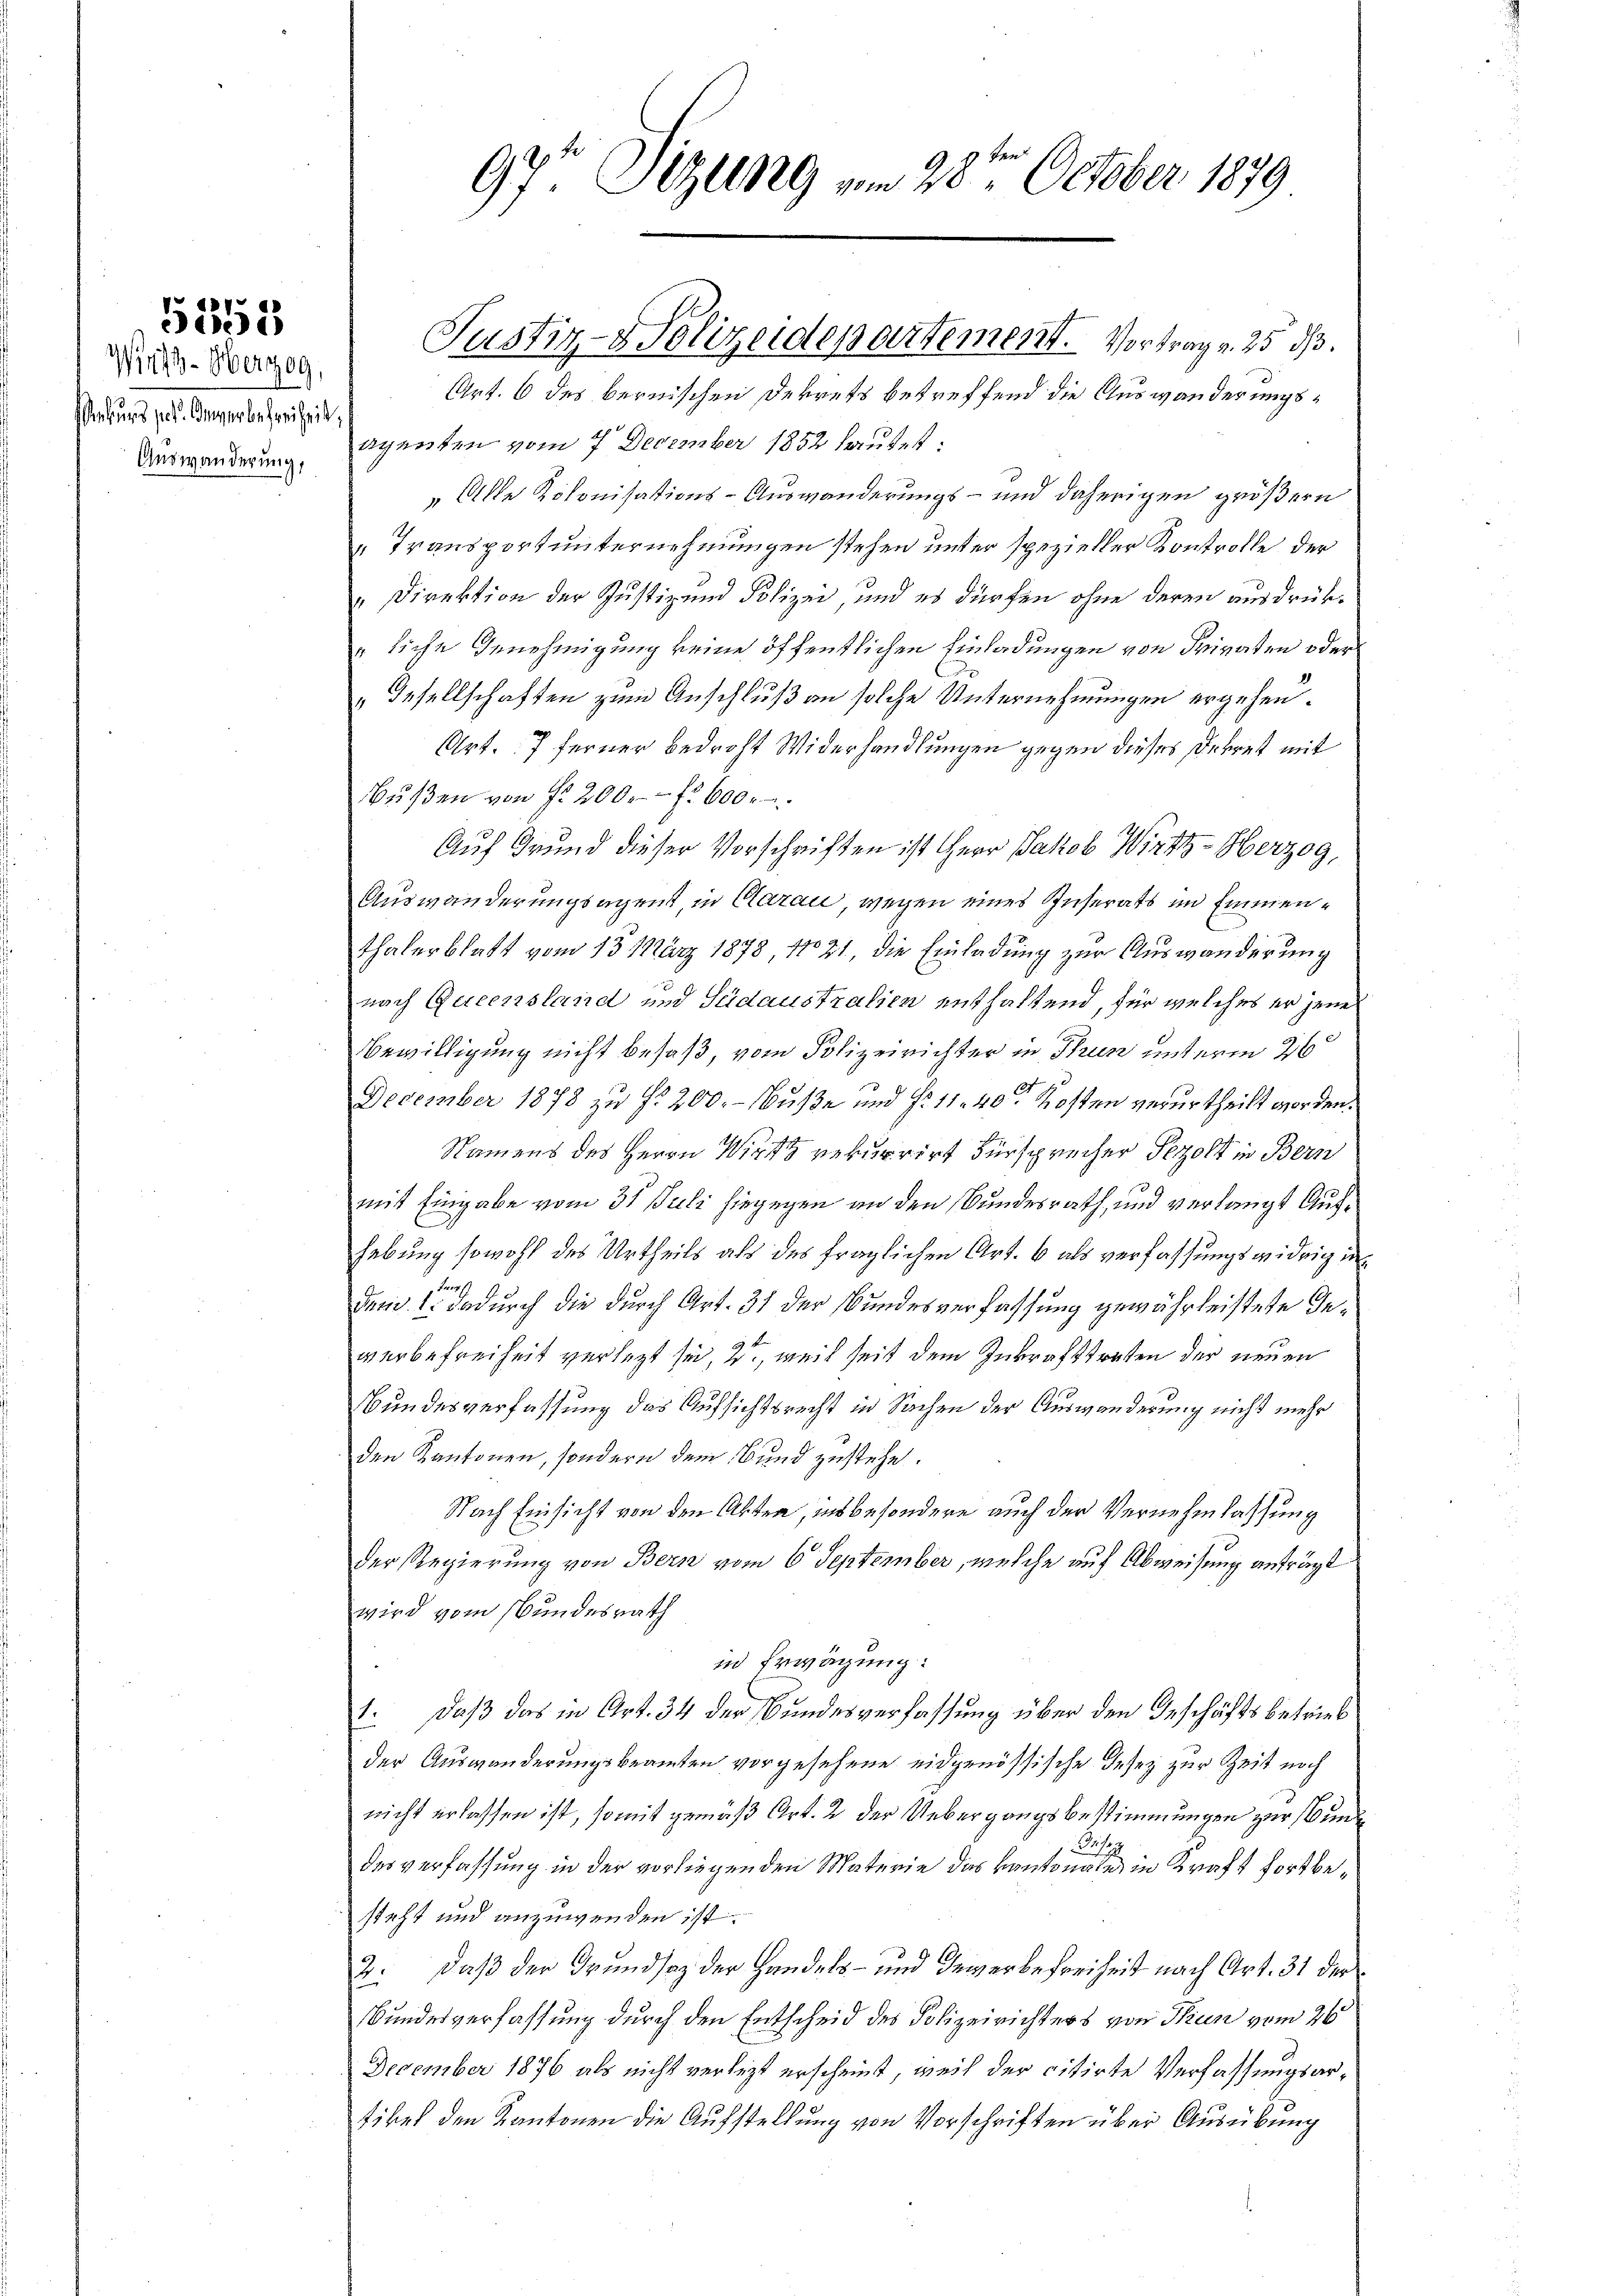
5352

Wirts-Oberzog,
Rekurs pos. Immerbefreiheit,
Auswanderung,

Justiz- & Polizeidepartement. Vortrag v. 25. dß.
Art. 6 des bernischen Dekrets betreffend die Auswanderungsagenten vom 7. December 1852 lautet:
„Alle Kolonisations-Auswanderungs- und daherigen größern
Transport unternehmungen stehen unter spezieller Kontrolle der
" Direktion der Justiz und Polizei, und es dürfen ohne deren ausdrük¬
" liche Genehmigung keine öffentlichen Einladungen von Privaten oder
„Gesellschaften zum Anschluß an solche Unternehmungen ergehen.
Art. 7 ferner bedroht Widerhandlungen gegen dieses Dekret mit
Bußen von f. 200. fl. 600
Auf Grund dieser Vorschriften ist Herr Jakob Wirth-Oberzog,
Auswanderungsagent, in Aarau, wegen eines Inserats im Emmen¬
Thalerblatt vom 13. März 1878, No 21, die Einladung zur Auswanderung
nach Queensland und Südaustralien enthaltend, für welches er jenes
Bewilligung nicht besaß vom Polizeirichter in Thun unterm 26
December 1878 zu § 200.- Nuße und §. 11. 40 ten Kosten verurtheilt worden.
Namens des Herrn Wir rekurrirt Fürsprücher Pezolt in Bern
mit Eingabe vom 31 Juli hiegegen an den Bundesrath, und verlangt Aufhebung sowohl des Urtheils als des fraglichen Art. 6 als verfassungswidrig in
Fend dadurch die durch Art. 31 der Bundesverfassung gewährleistete Inwerbefreiheit verletzt sei, 2., weil seit dem Inkrafttreten der neuen
Bundesverfassung das Aufsichtsrecht in Sachen der Auswanderung nicht mehr
den Kantonen, sondern dem Bund zustehe.
Nach Einsicht von den Alten, insbesondere auch der Vernehmlassung
Der Regierung von Bern vom 6. September, welche auf Abweisung anträgt
wird vom Bundesrath
in Erwägung:
1. daß das in Art. 34 der Bundesverfassung über den Geschäfts betrieb
der Auswanderungsbeamten vorgesehene eidgenössische Desez zur Zeit noch
nicht erlassen ist, somit gemäß Art. 2 der Uebergangsbestimmungen zur Bun¬
3
des verfassung in der vorliegenden Materie das Kantonales in Kraft fortbesteht und anzuwenden ist.
2. daß der Grundsaz der Handels- und Gewerbefreiheit nach Art. 31 der
Bundesverfassung durch den Entscheid des Polizeirichters von Thun vom 26.
December 1876 als nicht verletzt erscheint, weil der citirte Verfassungsartikel den Kantonen die Aufstellung von Vorschriften über Ausübung

97 Sizung vom 28ten October 1879